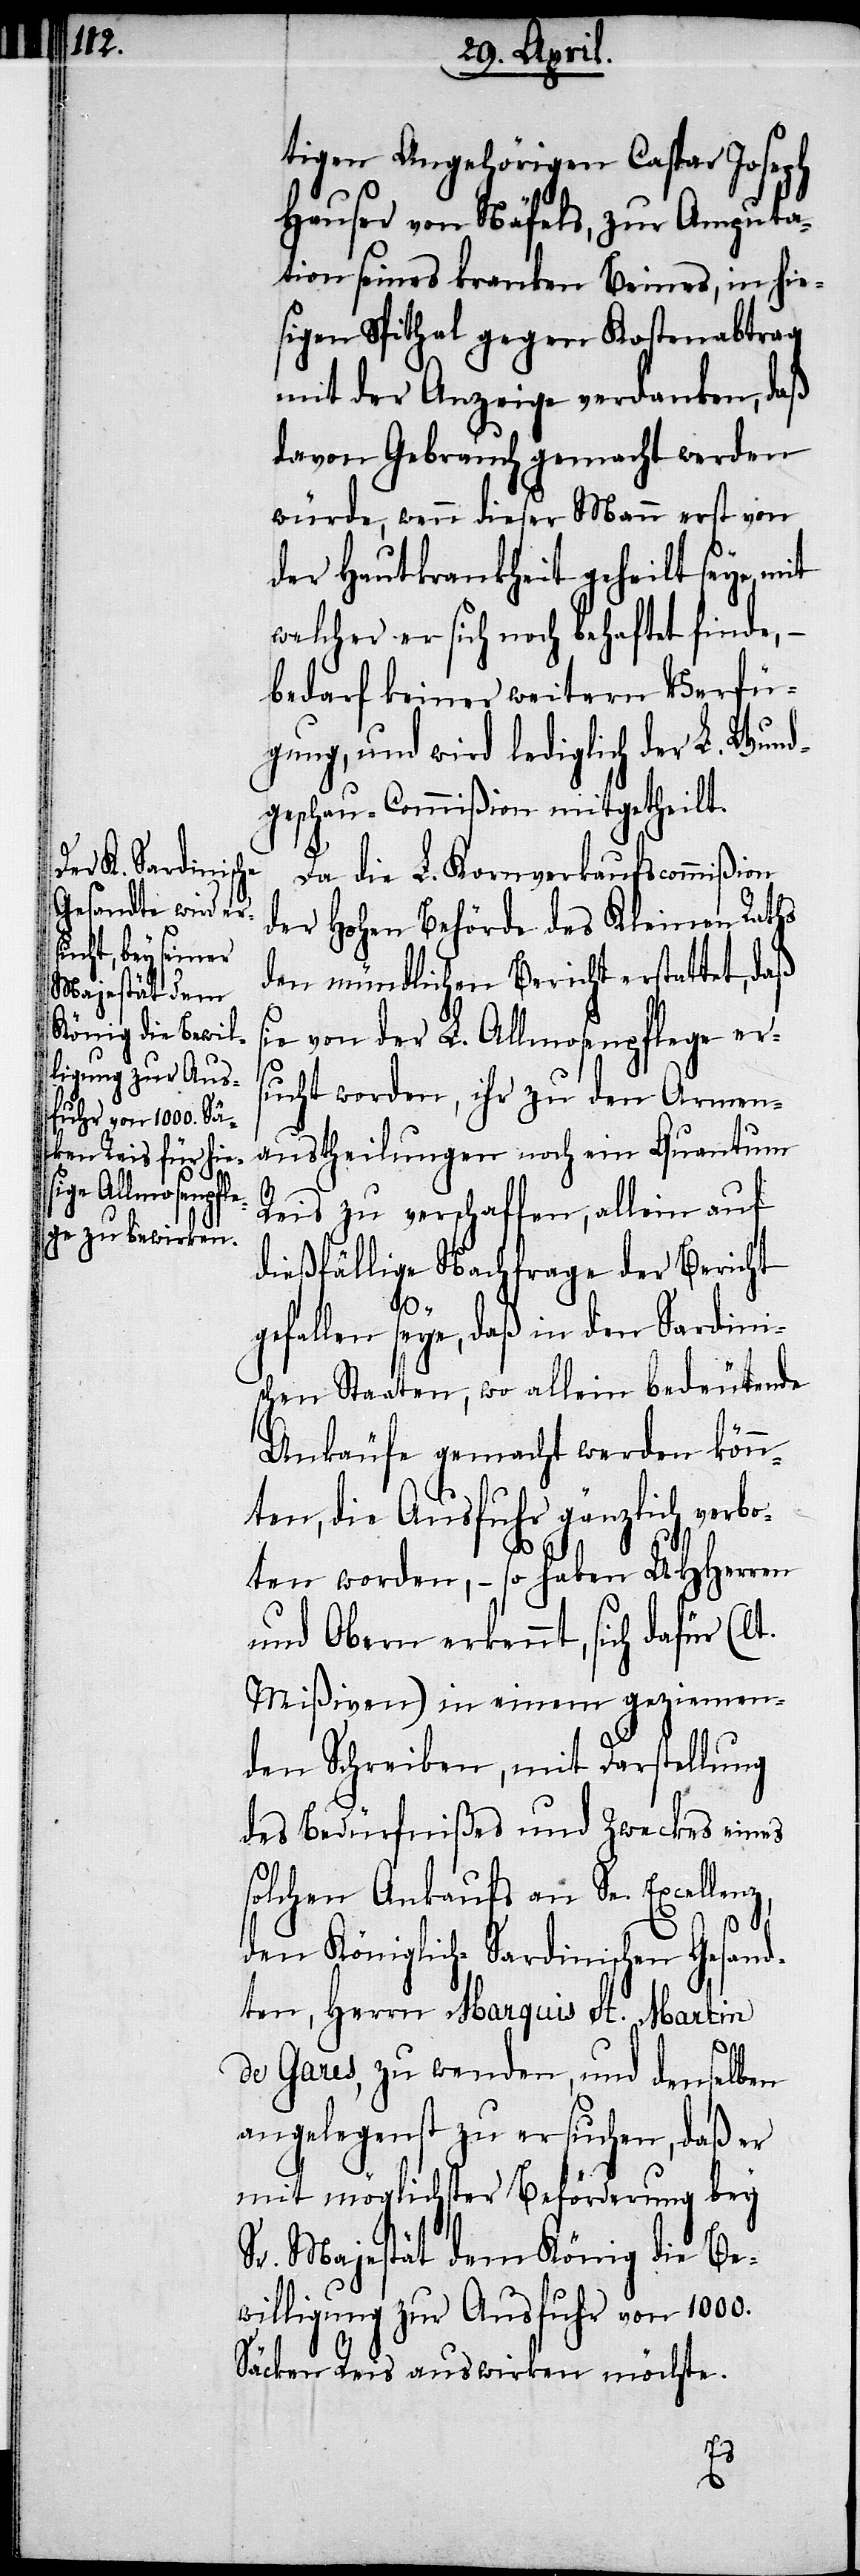
tigen Angehörigen Caspar Joseph
Hauser von Näfels, zur Amputa¬
tion seines kranken Beines, in hie¬
sigen Spithal gegen Kostenabtrag
mit der Anzeige verdankend, daß
davon Gebrauch gemacht werden
würde, wenn dieser Mann erst von
der Hauptkrankheit geheilt seye, mit
welcher er sich noch behaftet finde, –
bedarf keiner weitern Verfü¬
gung, und wird lediglich der L. Wund¬
geschau-Commißion mitgetheilt.
Da die L. Kornverkaufscommißion
der Hohen Behörde des Kleinen Raths
den mündlichen Bericht erstattet, daß
ie von der L. Allmosenpflege er¬
sucht worden, ihr zu den Armen¬
austheilungen noch ein Quantum
Reis zu verschaffen, allein auf
dießfällige Nachfrage der Bericht
gefallen seye, daß in den Sardini¬
schen Staaten, wo allein bedeutende
Ankäufe gemacht werden könn¬
nz,
ten, die Ausfuhr gänzlich verbo¬
ten worden, – so haben UHHerren
und Obern erkennt, sich dafür (lt.
Mißiven) in einem geziemen¬
den Schreiben, mit Darstellung
des Bedürfnißes und Zweckes eines
solchen Ankaufs an Se. Excelle¬
den Königlich-Sardinischen Gesand¬
ten, Herrn Marquis St. Martin
de Gares, zu wenden, und denselben
angelegenst zu ersuchen, daß er
mit möglichster Beförderung bey
Sr. Majestät dem König die Be¬
willigung zur Ausfuhr von 100.
Säcken Reis auswirken möchte.